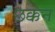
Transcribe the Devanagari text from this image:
छक्कन